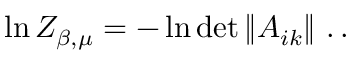
\ln Z _ { \beta , \mu } = - \ln \operatorname * { d e t } \left\| A _ { i k } \right\| \, . \, .